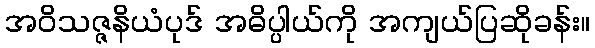
အဝိသဇ္ဇနိယံပုဒ် အဓိပ္ပါယ်ကို အကျယ်ပြဆိုခန်း။